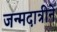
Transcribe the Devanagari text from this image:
जन्मदात्रीने